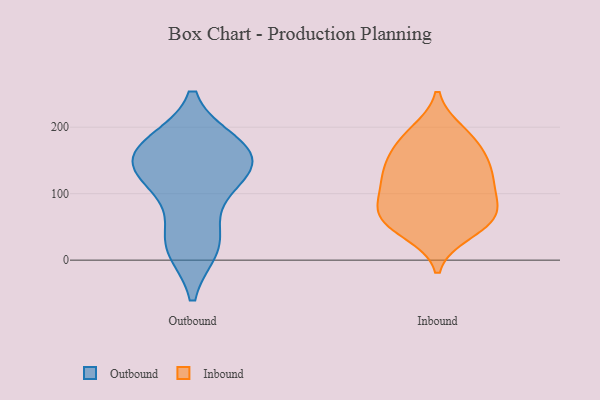
{"axis": {"x": "Population (Million)", "y": "Value"}, "legend": ["Inbound", "Outbound"], "data": [{"x": "", "y": 19, "type": "Outbound"}, {"x": "", "y": 114, "type": "Outbound"}, {"x": "", "y": 174, "type": "Outbound"}, {"x": "", "y": 163, "type": "Outbound"}, {"x": "", "y": 150, "type": "Outbound"}, {"x": "", "y": 130, "type": "Outbound"}, {"x": "", "y": 19, "type": "Outbound"}, {"x": "", "y": 163, "type": "Outbound"}, {"x": "", "y": 118, "type": "Outbound"}, {"x": "", "y": 38, "type": "Outbound"}, {"x": "", "y": 169, "type": "Outbound"}, {"x": "", "y": 78, "type": "Inbound"}, {"x": "", "y": 139, "type": "Inbound"}, {"x": "", "y": 55, "type": "Inbound"}, {"x": "", "y": 119, "type": "Inbound"}, {"x": "", "y": 119, "type": "Inbound"}, {"x": "", "y": 170, "type": "Inbound"}, {"x": "", "y": 42, "type": "Inbound"}, {"x": "", "y": 74, "type": "Inbound"}, {"x": "", "y": 130, "type": "Inbound"}, {"x": "", "y": 186, "type": "Inbound"}, {"x": "", "y": 155, "type": "Inbound"}, {"x": "", "y": 56, "type": "Inbound"}, {"x": "", "y": 192, "type": "Inbound"}, {"x": "", "y": 95, "type": "Inbound"}, {"x": "", "y": 67, "type": "Inbound"}]}